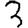
Digit: 3